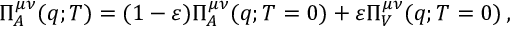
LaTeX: \Pi _ { A } ^ { \mu \nu } ( q ; T ) = ( 1 - \varepsilon ) \Pi _ { A } ^ { \mu \nu } ( q ; T = 0 ) + \varepsilon \Pi _ { V } ^ { \mu \nu } ( q ; T = 0 ) \, ,